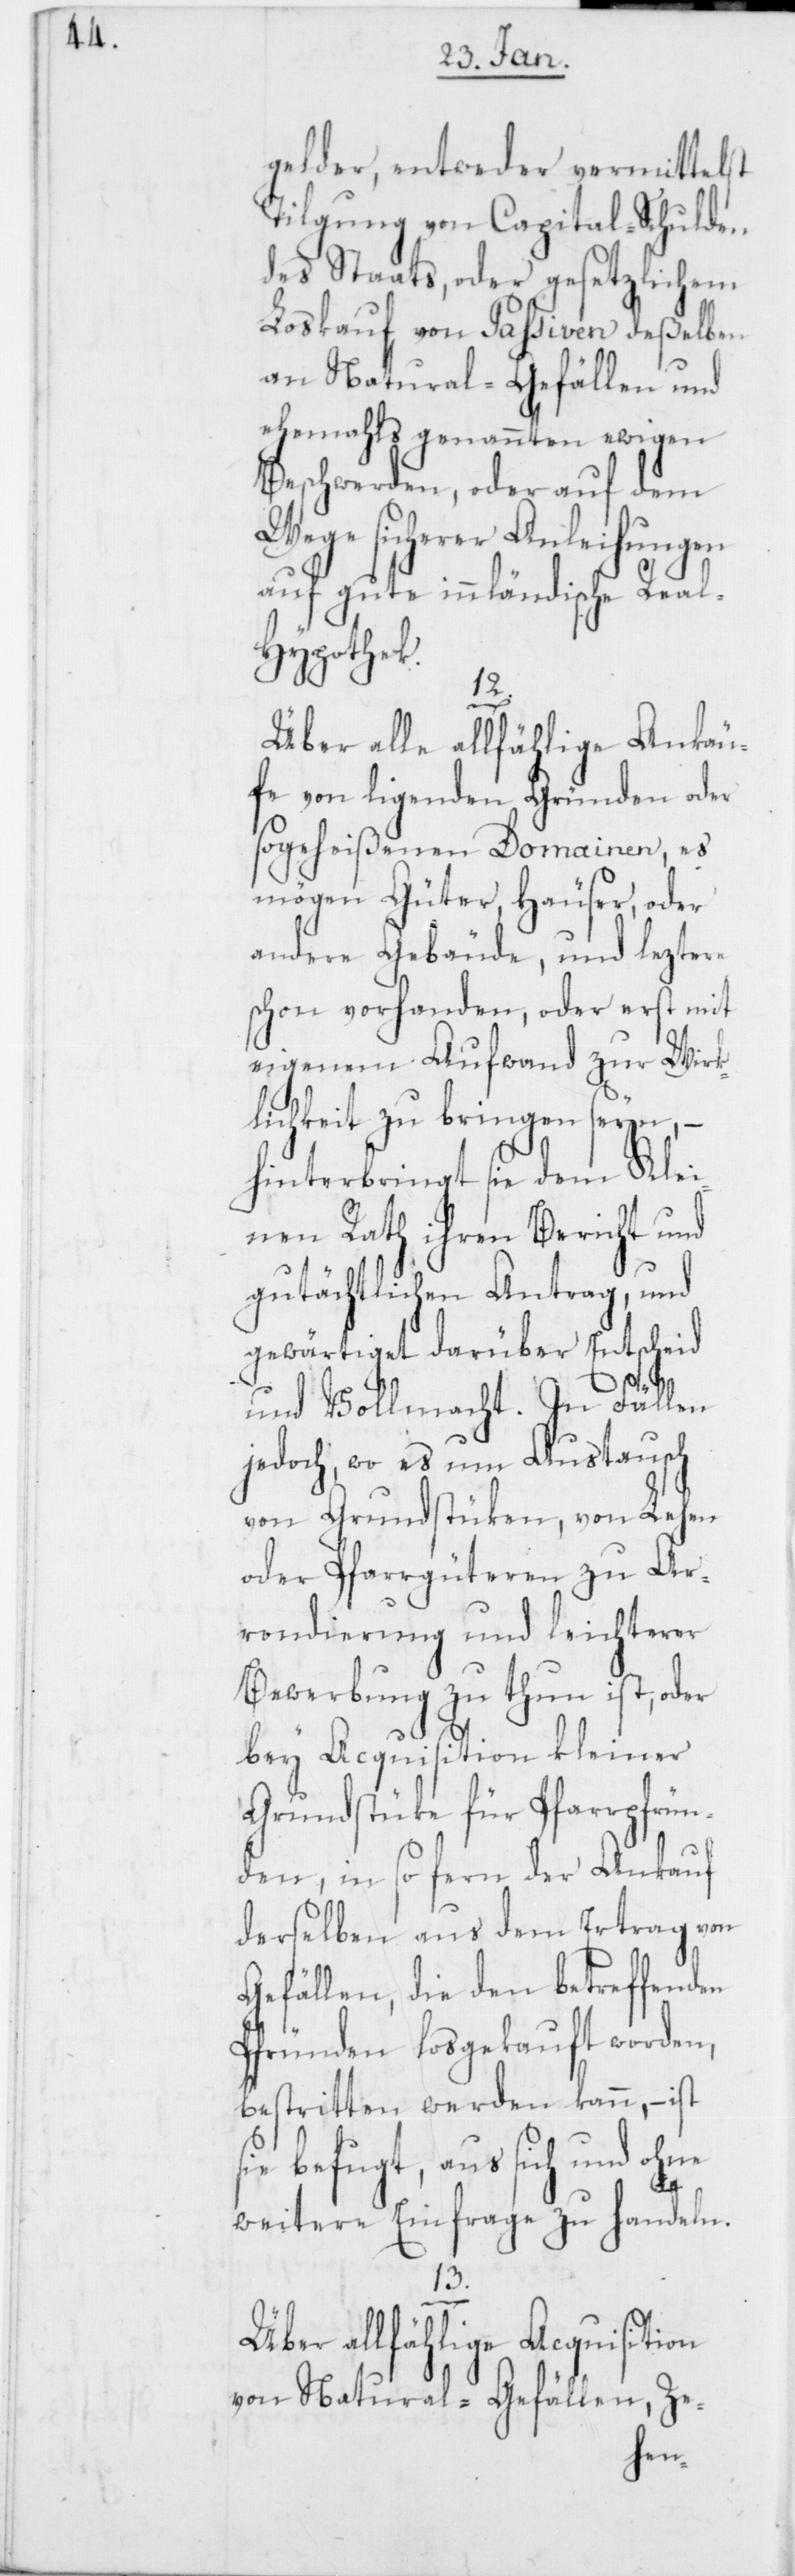
gelder, entweder vermittelst
Tilgung von Capital-Schulden
des Staats, oder gesetzlichem
Loskauf von Paßiven deßelben
an Natural-Gefällen und
ehemahls genannten ewigen
Beschwerden, oder auf dem
Wege sicherer Anleihungen
auf gute innländische Rea¬
l-Hypothek.
12.
Über alle allfählige Ankäu¬
fe von ligenden Gründen oder
so geheißenen Domainen, es
mögen Güter, Häuser, oder
andere Gebäude, und leztere
schon vorhanden, oder erst mit
eigenem Aufwand zur Wirk¬
lichkeit zu bringen seyn, –
hinterbringt sie dem Klei¬
nen Rath ihren Bericht und
gutächtlichen Antrag, und
gewärtiget darüber Entscheid
und Vollmacht. In Fällen
jedoch, wo es um Austausch
von Grundstüken, von Lehen
oder Pfarrgüteren zu Ar¬
rondierung und leichterer
Bewerbung zu thun ist, oder
bey Acquisition kleiner
Grundstüke für Pfarrpfrün¬
den, in so fern der Ankauf
derselben aus dem Ertrag von
Gefällen, die den betreffenden
Pfründen losgekauft worden,
bestritten werden kann, – ist
sie befugt, aus sich und ohne
weitere Einfrage zu handeln.
13.
Über allfählige Acquisition
von Natural-Gefällen, Ze-